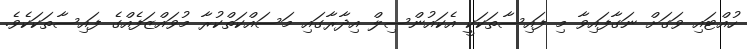
ހުއްޓައި ވަގަށް ނަގާފައިވާ މި ފައިސާތަކަކީ އެކައުންސިލް އިދާރާގައި މަސައްކަތްކުރާ މުވައްޒަފެއްގެ ފައިސާތަކަކެވެ.